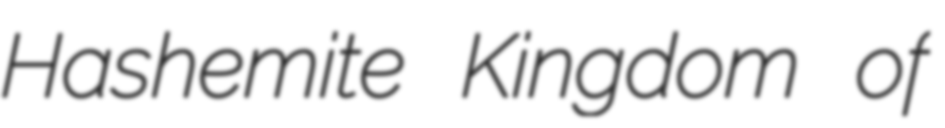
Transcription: Hashemite Kingdom of